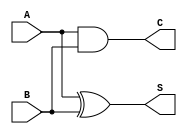
module HalfAdder (
    input wire A,   // First binary input
    input wire B,   // Second binary input
    output wire S,  // Sum output
    output wire C   // Carry output
);

// Sum output using XOR gate
assign S = A ^ B;

// Carry output using AND gate
assign C = A & B;

endmodule